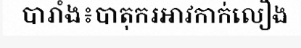
បារាំង៖បាតុករអាវកាក់លឿង